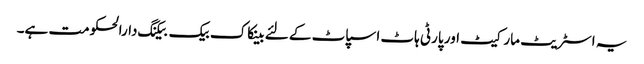
یہ اسٹریٹ مارکیٹ اور پارٹی ہاٹ اسپاٹ کے لئے بینکاک بیک بیکنگ دارالحکومت ہے۔